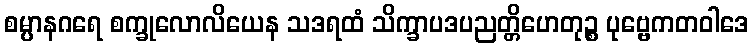
စမ္ပာနဂရေ စက္ခုလောလိယေန သဒရထံ သိက္ခာပဒပညတ္တိဟေတုဉ္စ ပုဗ္ဗေကတဝါဒေ